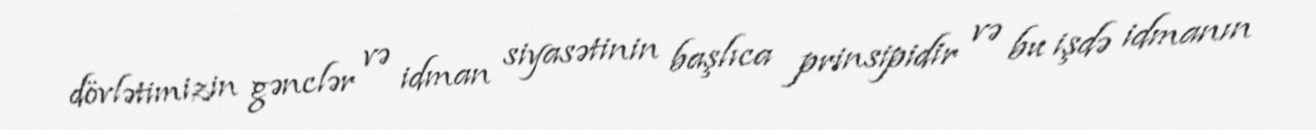
dövlətimizin gənclər və idman siyasətinin başlıca prinsipidir və bu işdə idmanın